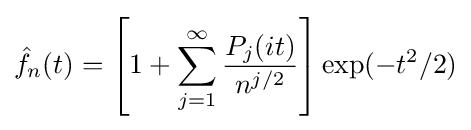
{\hat {f}}_{n}(t)=\left[1+\sum _{j=1}^{\infty }{\frac {P_{j}(it)}{n^{j/2}}}\right]\exp(-t^{2}/2)